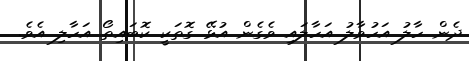
ދެން ހާލު އަހުވާލު އަހާލައި ވެގެން އުޅޭ ގޮތަކީ ކޮބައިތޯ އަހާލި އެވެ.